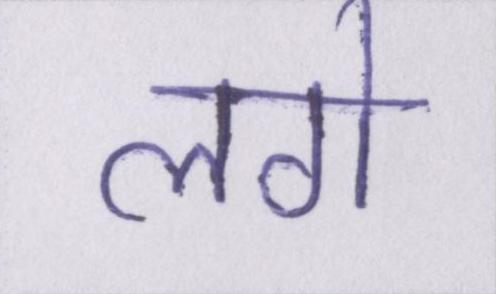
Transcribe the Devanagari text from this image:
लगे